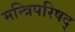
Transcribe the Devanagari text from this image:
मन्त्रिपरिषद्